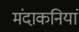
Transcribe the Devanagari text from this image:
मंदाकनियां